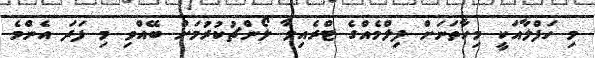
މި ހަފްލާއަކީ މިހާތަނަށް ފިލްމެއްގެ ޓްރެއިލާ ލޯންޗުކުރުމަށް ބޭއްވި މި ފަދަ އެންމެ